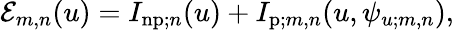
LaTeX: \begin{array}{r}{\mathcal{E}_{m,n}(u)=I_{\mathrm{np};n}(u)+I_{\mathrm{p};m,n}(u,\psi_{u;m,n}),}\end{array}